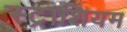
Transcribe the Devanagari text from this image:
स्ट्राशियम